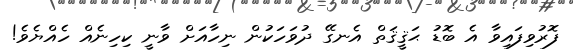
ފޮރުވިފައިވާ އެ ބޮޑު ޙަޤީޤަތް އެނގޭ ދުވަހަކުން ނިހާއަށް ވާނީ ކިހިނެއް ހެއްޔެވެ!